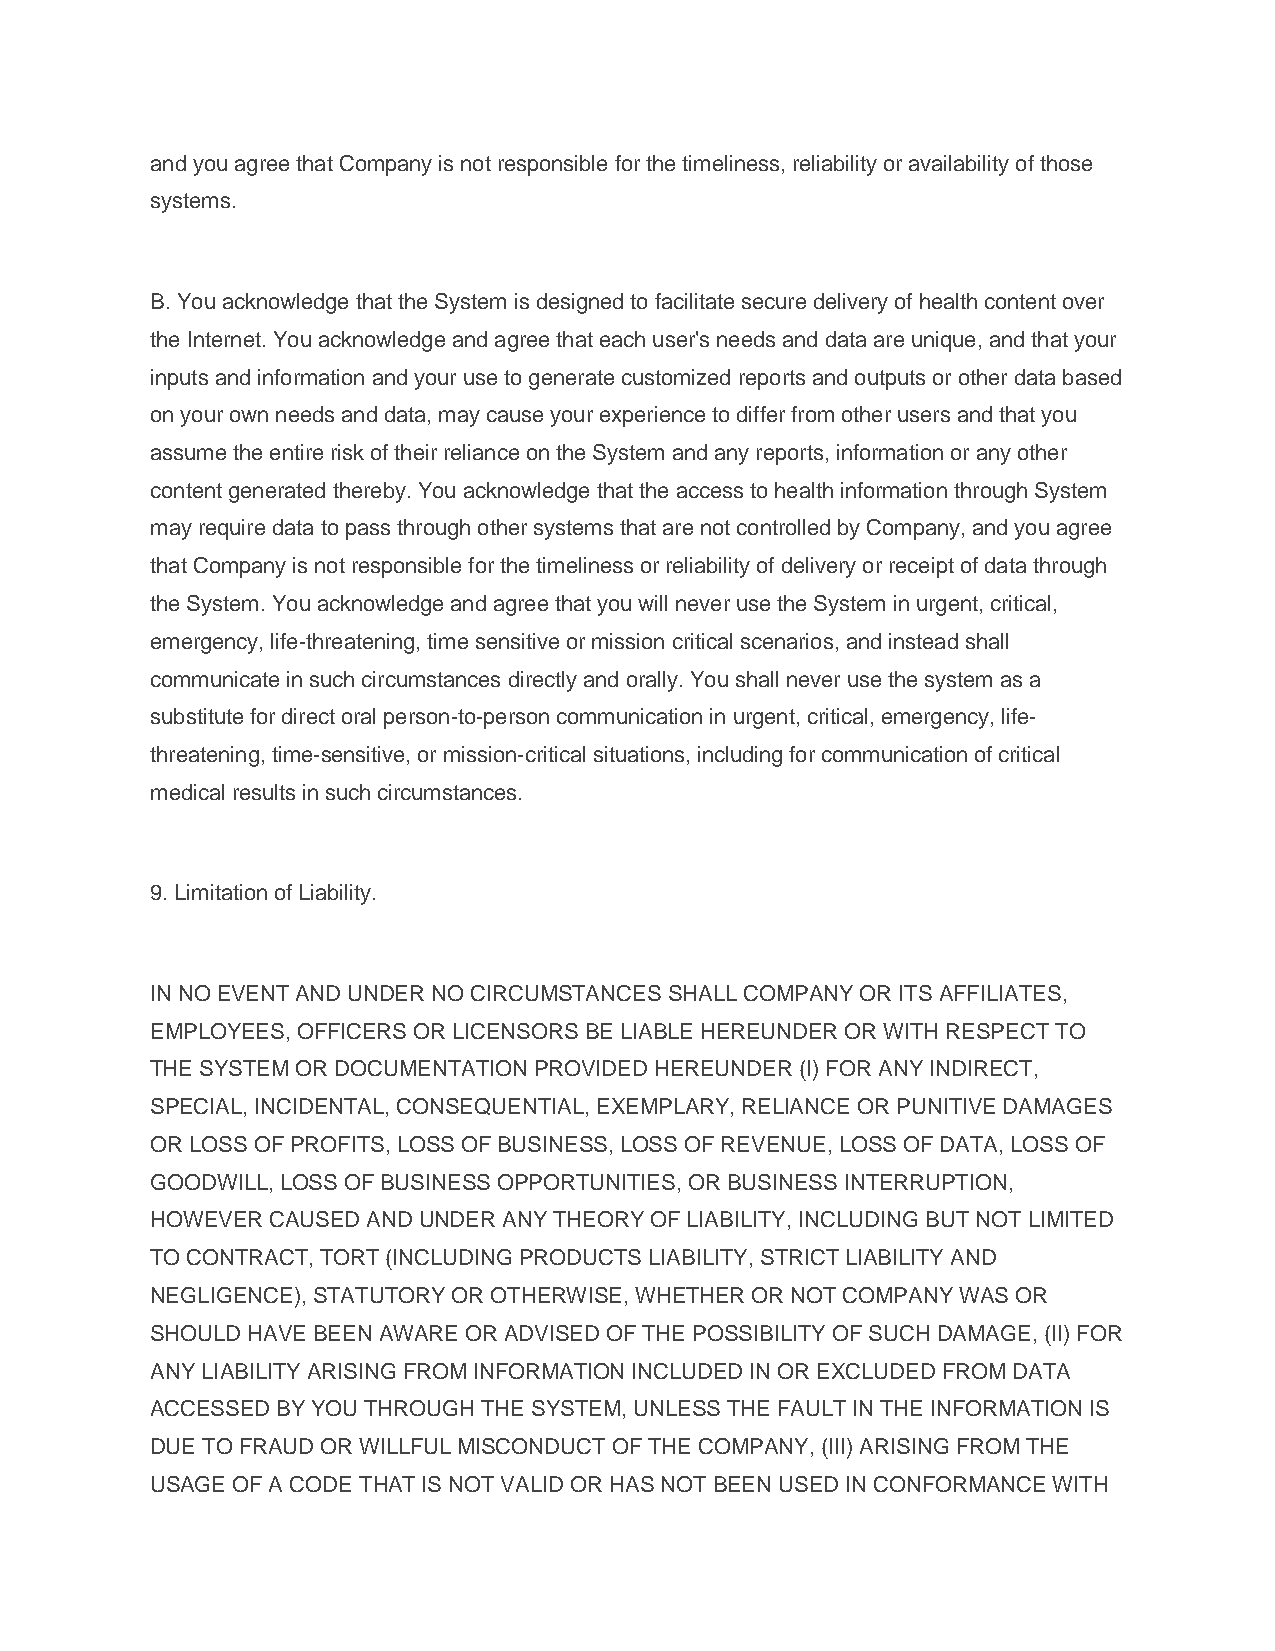
and you agree that Company is not responsible for the timeliness, reliability or availability of those
 systems.
 B. You acknowledge that the System is designed to facilitate secure delivery of health content over
 the Internet. You acknowledge and agree that each user's needs and data are unique, and that your
 inputs and information and your use to generate customized reports and outputs or other data based
 on your own needs and data, may cause your experience to differ from other users and that you
 assume the entire risk of their reliance on the System and any reports, information or any other
 content generated thereby. You acknowledge that the access to health information through System
 may require data to pass through other systems that are not controlled by Company, and you agree
 that Company is not responsible for the timeliness or reliability of delivery or receipt of data through
 the System. You acknowledge and agree that you will never use the System in urgent, critical,
 emergency, life-threatening, time sensitive or mission critical scenarios, and instead shall
 communicate in such circumstances directly and orally. You shall never use the system as a
 substitute for direct oral person-to-person communication in urgent, critical, emergency, life-
 threatening, time-sensitive, or mission-critical situations, including for communication of critical
 medical results in such circumstances.
 9. Limitation of Liability.
 IN NO EVENT AND UNDER NO CIRCUMSTANCES SHALL COMPANY OR ITS AFFILIATES,
 EMPLOYEES, OFFICERS OR LICENSORS BE LIABLE HEREUNDER OR WITH RESPECT TO
 THE SYSTEM OR DOCUMENTATION PROVIDED HEREUNDER (I) FOR ANY INDIRECT,
 SPECIAL, INCIDENTAL, CONSEQUENTIAL, EXEMPLARY, RELIANCE OR PUNITIVE DAMAGES
 OR LOSS OF PROFITS, LOSS OF BUSINESS, LOSS OF REVENUE, LOSS OF DATA, LOSS OF
 GOODWILL, LOSS OF BUSINESS OPPORTUNITIES, OR BUSINESS INTERRUPTION,
 HOWEVER CAUSED AND UNDER ANY THEORY OF LIABILITY, INCLUDING BUT NOT LIMITED
 TO CONTRACT, TORT (INCLUDING PRODUCTS LIABILITY, STRICT LIABILITY AND
 NEGLIGENCE), STATUTORY OR OTHERWISE, WHETHER OR NOT COMPANY WAS OR
 SHOULD HAVE BEEN AWARE OR ADVISED OF THE POSSIBILITY OF SUCH DAMAGE, (II) FOR
 ANY LIABILITY ARISING FROM INFORMATION INCLUDED IN OR EXCLUDED FROM DATA
 ACCESSED BY YOU THROUGH THE SYSTEM, UNLESS THE FAULT IN THE INFORMATION IS
 DUE TO FRAUD OR WILLFUL MISCONDUCT OF THE COMPANY, (III) ARISING FROM THE
 USAGE OF A CODE THAT IS NOT VALID OR HAS NOT BEEN USED IN CONFORMANCE WITH